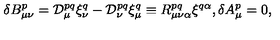
{ \delta } B _ { \mu \nu } ^ { p } = { \cal D } _ { \mu } ^ { p q } { \xi } _ { \nu } ^ { q } - { \cal D } _ { \nu } ^ { p q } { \xi } _ { \mu } ^ { q } \equiv R _ { \mu \nu \alpha } ^ { p q } { \xi } ^ { q \alpha } , { \delta } A _ { \mu } ^ { p } = 0 ,